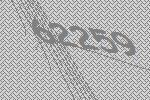
62259